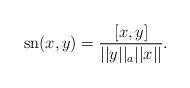
LaTeX: \begin{align*} \mathrm{sn}(x,y) = \frac{[x,y]}{||y||_a||x||}.\end{align*}